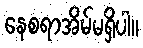
နေစရာအိမ်မရှိပါ။